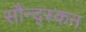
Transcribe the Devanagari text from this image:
सौन्द्स्कन